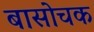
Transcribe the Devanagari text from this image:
बासोचक